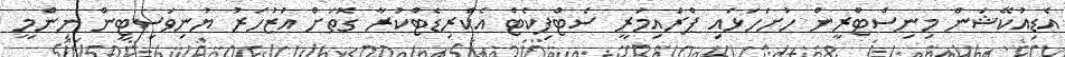
އެޑިއުކޭޝަން މިނިސްޓްރީން ހުށަހަޅައި ޕްރައިމަރީ ސެޓްފިކެޓް އެކްރިޑެޓްކުރާ ގޮތަށް އަޒުހަރު ޔުނިވަސިޓީން ނިންމީ